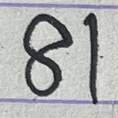
81